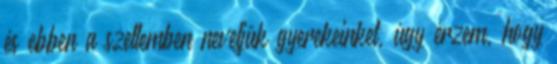
és ebben a szellemben neveljük gyerekeinket, úgy érzem, hogy